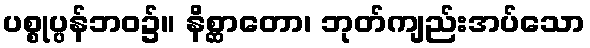
ပစ္စုပ္ပန်ဘဝ၌။ နိစ္ဆာတော၊ ဘုတ်ကျည်းအပ်သော